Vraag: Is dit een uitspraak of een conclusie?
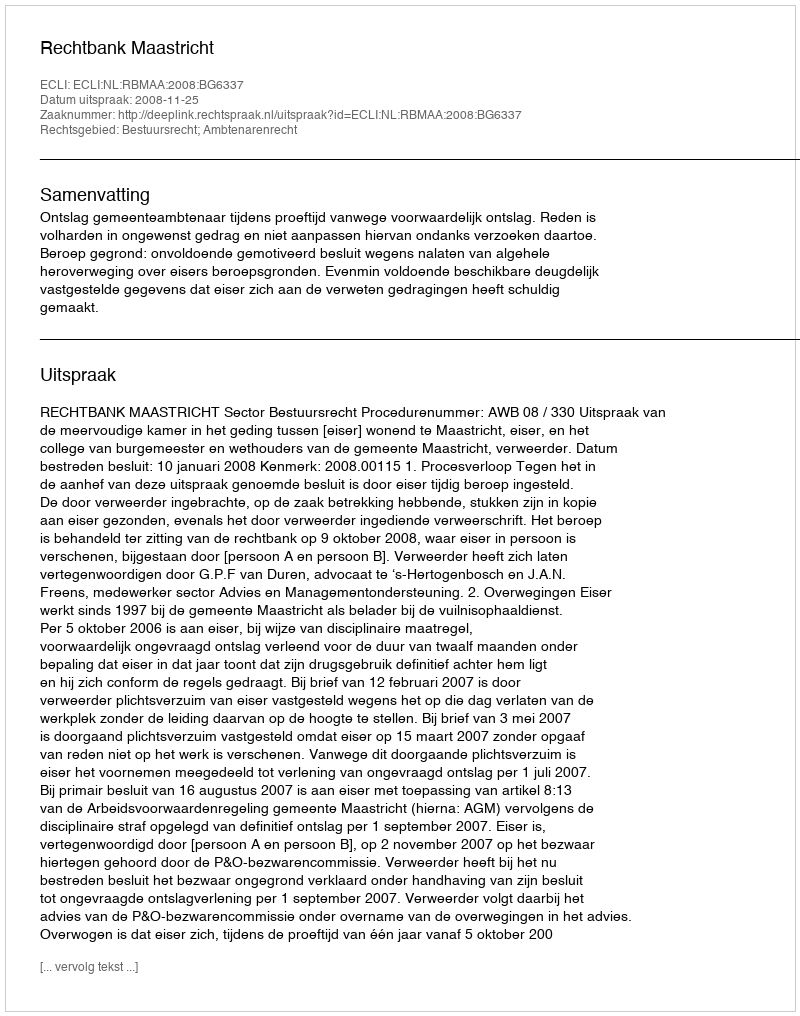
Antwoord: Uitspraak